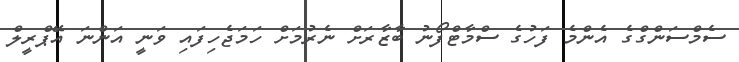
ސެމްސަންގްގެ އެންމެ ފަހުގެ ސްމާޓްފޯނު ބާޒާރަށް ނެރުމަށް ހަމަޖެހިފައި ވަނީ އަންނަ އޭޕްރީލް